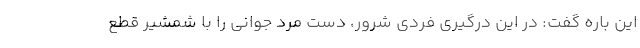
این باره گفت: در این درگیری فردی شرور، دست مرد جوانی را با شمشیر قطع